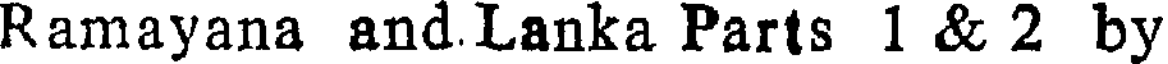
Ramayana and.Lanka Parts 1 & 2 by